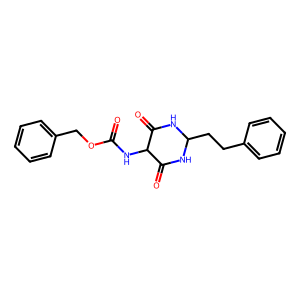
SMILES: O=C(NC1C(=O)NC(CCc2ccccc2)NC1=O)OCc1ccccc1
Inhibits HIV replication: No